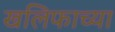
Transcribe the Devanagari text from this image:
खलिफाच्या